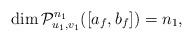
LaTeX: \begin{align*}\dim {\cal P}^{n_1}_{u_1,v_1}([a_f,b_f])=n_1, \end{align*}